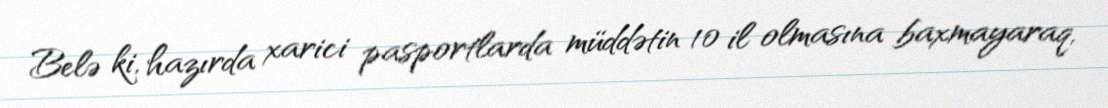
Belə ki, hazırda xarici pasportlarda müddətin 10 il olmasına baxmayaraq,